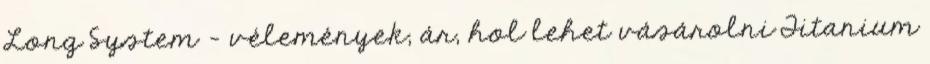
Long System – vélemények, ár, hol lehet vásárolni Titanium